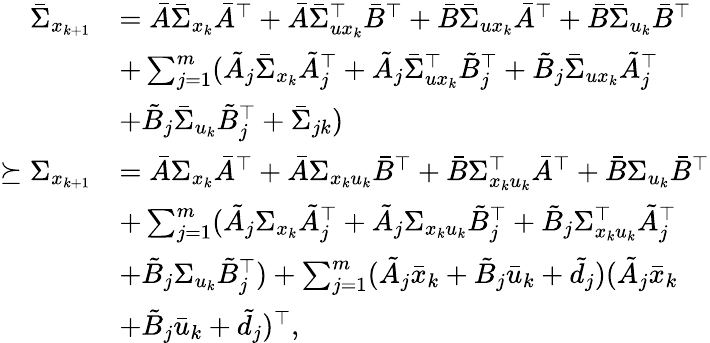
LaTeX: \begin{array}{rl}{\bar{\Sigma}_{x_{k+1}}}&{=\bar{A}\bar{\Sigma}_{x_{k}}\bar{A}^{\top}+\bar{A}\bar{\Sigma}_{ux_{k}}^{\top}\bar{B}^{\top}+\bar{B}\bar{\Sigma}_{ux_{k}}\bar{A}^{\top}+\bar{B}\bar{\Sigma}_{u_{k}}\bar{B}^{\top}}\\ &{+\sum_{j=1}^{m}(\tilde{A}_{j}\bar{\Sigma}_{x_{k}}\tilde{A}_{j}^{\top}+\tilde{A}_{j}\bar{\Sigma}_{ux_{k}}^{\top}\tilde{B}_{j}^{\top}+\tilde{B}_{j}\bar{\Sigma}_{ux_{k}}\tilde{A}_{j}^{\top}}\\ &{+\tilde{B}_{j}\bar{\Sigma}_{u_{k}}\tilde{B}_{j}^{\top}+\bar{\Sigma}_{jk})}\\ {\succeq\Sigma_{x_{k+1}}}&{=\bar{A}\Sigma_{x_{k}}\bar{A}^{\top}+\bar{A}\Sigma_{x_{k}u_{k}}\bar{B}^{\top}+\bar{B}\Sigma_{x_{k}u_{k}}^{\top}\bar{A}^{\top}+\bar{B}\Sigma_{u_{k}}\bar{B}^{\top}}\\ &{+\sum_{j=1}^{m}(\tilde{A}_{j}\Sigma_{x_{k}}\tilde{A}_{j}^{\top}+\tilde{A}_{j}\Sigma_{x_{k}u_{k}}\tilde{B}_{j}^{\top}+\tilde{B}_{j}\Sigma_{x_{k}u_{k}}^{\top}\tilde{A}_{j}^{\top}}\\ &{+\tilde{B}_{j}\Sigma_{u_{k}}\tilde{B}_{j}^{\top})+\sum_{j=1}^{m}(\tilde{A}_{j}\bar{x}_{k}+\tilde{B}_{j}\bar{u}_{k}+\tilde{d}_{j})(\tilde{A}_{j}\bar{x}_{k}}\\ &{+\tilde{B}_{j}\bar{u}_{k}+\tilde{d}_{j})^{\top},}\end{array}